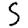
Digit: 5